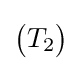
{\begin{pmatrix}T_{2}\end{pmatrix}}